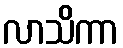
လာသိကာ